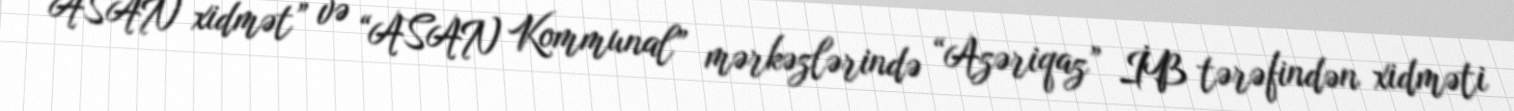
“ASAN xidmət” və “ASAN Kommunal” mərkəzlərində “Azəriqaz” İB tərəfindən xidməti